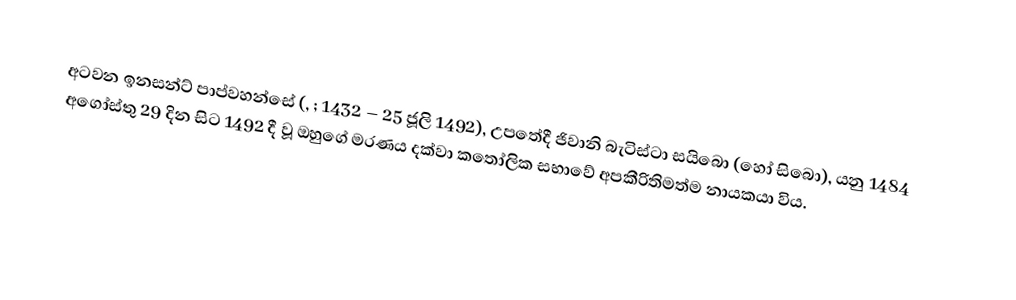
අටවන ඉනසන්ට් පාප්වහන්සේ (, ; 1432 – 25 ජූලි 1492), උපතේදී ජිවානි බැටිස්ටා සයිබො (හෝ සිබො), යනු 1484 අගෝස්තු 29 දින සිට  1492 දී වූ ඔහුගේ මරණය දක්වා කතෝලික සභාවේ අපකීරිතිමත්ම  නායකයා විය.